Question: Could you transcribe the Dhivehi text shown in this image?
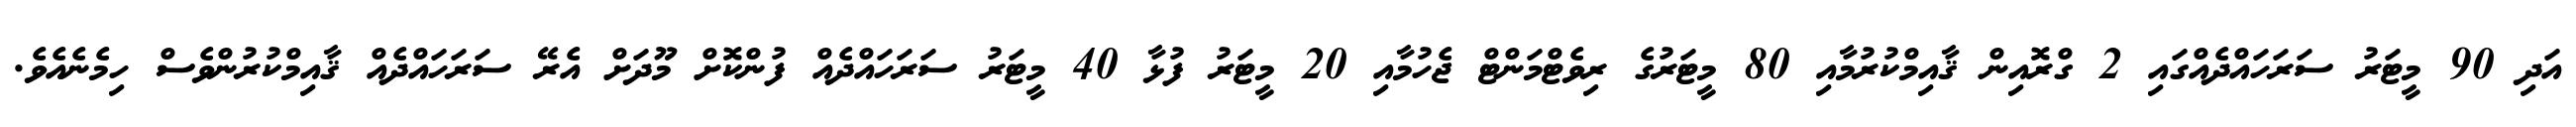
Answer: އަދި 90 މީޓަރު ސަރަހައްދެއްގައި 2 ގްރޮއިން ޤާއިމްކުރުމާއި 80 މީޓަރުގެ ރިވެޓްމަންޓް ޖެހުމާއި 20 މީޓަރު ފުޅާ 40 މީޓަރު ސަރަހައްދެއް ފުންކޮށް މޫދަށް އެރޭ ސަރަހައްދެއް ޤާއިމްކުރުންވެސް ހިމެނެއެވެ.